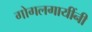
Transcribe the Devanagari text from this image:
गोगलगायींनी